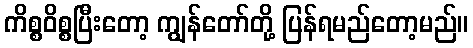
ကိစ္စဝိစ္စပြီးတော့ ကျွန်တော်တို့ ပြန်ရမည်တော့မည်။